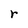
Character: r